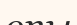
опы